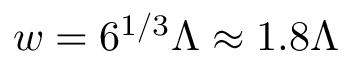
w = 6 ^ { 1 / 3 } \Lambda \approx 1 . 8 \Lambda